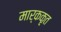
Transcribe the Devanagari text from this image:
मार्ककृत